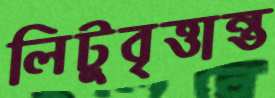
লিটুবৃত্তান্ত